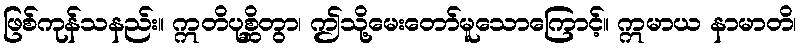
ဖြစ်ကုန်သနည်း။ ဣတိပုစ္ဆိတွာ၊ ဤသို့မေးတော်မူသောကြောင့်။ ဣမာယ နာမာတိ၊